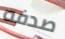
صدفه